Civil Veterinary Dept. North-West Frontier Province 1923-32 - 1923-1932
Year: 1923
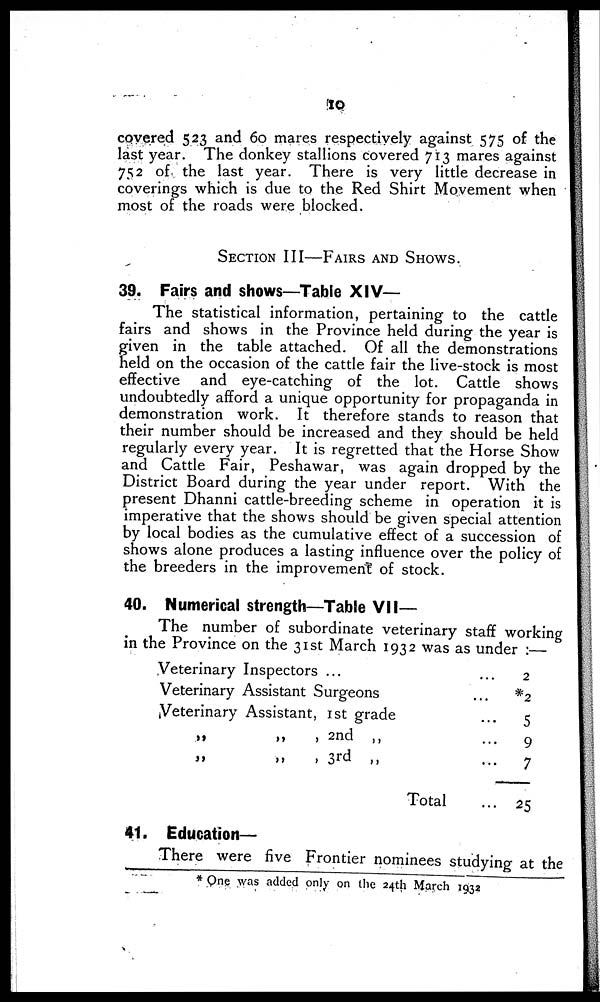
10
covered 523 and 60 mares respectively against 575 of the
last year. The donkey stallions covered 713 mares against
752 of the last year. There is very little decrease in
coverings which is due to the Red Shirt Movement when
most of the roads were blocked.
SECTION III—FAIRS AND SHOWS.
39. Fairs and shows—Table XIV—
The statistical information, pertaining to the cattle
fairs and shows in the Province held during the year is
given in the table attached. Of all the demonstrations
held on the occasion of the cattle fair the live-stock is most
effective and eye-catching of the lot. Cattle shows
undoubtedly afford a unique opportunity for propaganda in
demonstration work. It therefore stands to reason that
their number should be increased and they should be held
regularly every year. It is regretted that the Horse Show
and Cattle Fair, Peshawar, was again dropped by the
District Board during the year under report. With the
present Dhanni cattle-breeding scheme in operation it is
imperative that the shows should be given special attention
by local bodies as the cumulative effect of a succession of
shows alone produces a lasting influence over the policy of
the breeders in the improvement of stock.
40. Numerical strength—Table VII—
The number of subordinate veterinary staff working
in the Province on the 31st March 1932 was as under :—
Veterinary Inspectors ...
Veterinary Assistant Surgeons
Veterinary Assistant, 1st grade
„
„
„
,
2nd
„
„
„
,
3rd
„
Total
… 2
… *2
…
5
… 9
...
7
... 25
41. Education—
There were five Frontier nominees studying at the
* One was added only on the 24th March 1932